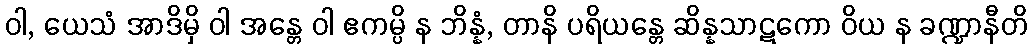
ဝါ, ယေသံ အာဒိမှိ ဝါ အန္တေ ဝါ ဧကမ္ပိ န ဘိန္နံ, တာနိ ပရိယန္တေ ဆိန္နသာဋကော ဝိယ န ခဏ္ဍာနီတိ